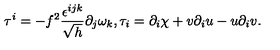
\tau ^ { i } = - f ^ { 2 } \frac { \epsilon ^ { i j k } } { \sqrt { h } } \partial _ { j } \omega _ { k } , \tau _ { i } = \partial _ { i } \chi + v \partial _ { i } u - u \partial _ { i } v .